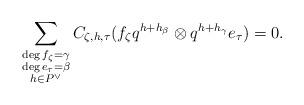
LaTeX: \begin{align*}\sum_{\substack{\deg f_\zeta = \gamma \\ \deg e_\tau = \beta \\ h\in P^\vee}} C_{\zeta, h,\tau} (f_\zeta q^{h+h_\beta} \otimes q^{h+h_{\gamma}}e_\tau)= 0.\end{align*}